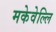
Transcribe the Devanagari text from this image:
मकेवेल्लि